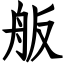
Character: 舨